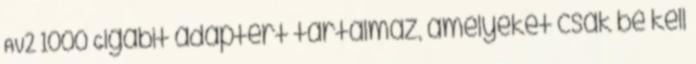
AV2 1000 Gigabit adaptert tartalmaz, amelyeket csak be kell